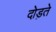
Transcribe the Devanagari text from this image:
दोड़ते